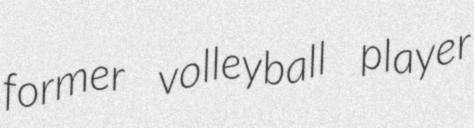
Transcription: former volleyball player